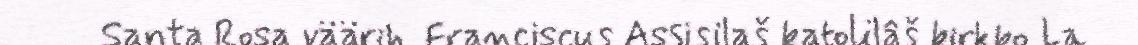
Santa Rosa väärih. Franciscus Assisilaš katolilâš kirkko La